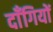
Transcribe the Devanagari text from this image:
दाँगियों